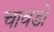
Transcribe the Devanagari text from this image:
चावडो